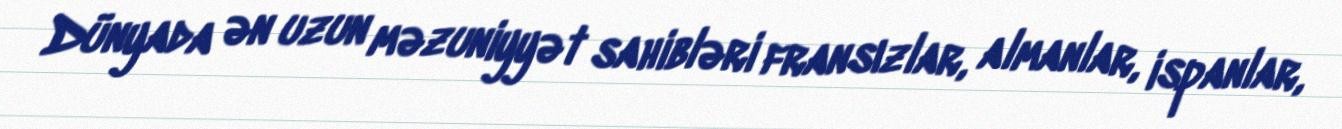
Dünyada ən uzun məzuniyyət sahibləri fransızlar, almanlar, ispanlar,